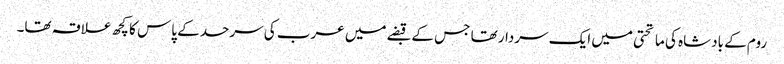
روم کے بادشاہ کی ماتحتی میں ایک سردار تھا جس کے قبضے میں عرب کی سرحد کے پاس کا کچھ علاقہ تھا۔